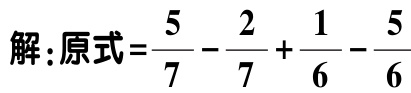
解：原式=$\frac{5}{7} - \frac{2}{7} + \frac{1}{6} - \frac{5}{6}$